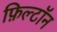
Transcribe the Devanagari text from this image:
फ़िल्टॉन